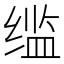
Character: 䍀